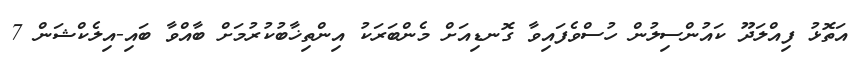
އަތޮޅު ފިއްލަދޫ ކައުންސިލުން ހުސްވެފައިވާ ގޮނޑިއަށް މެންބަރަކު އިންތިޚާބުކުރުމަށް ބާއްވާ ބައި-އިލެކްޝަން 7